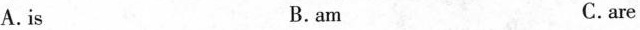
A. is B. am C. are